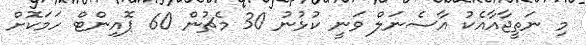
މި ނަތީޖާއާއެކު އާސެނަލް ވަނީ ކުޅުނު 30 މެޗުން 60 ޕޮއިންޓް ހަމަކޮށް